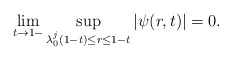
\begin{align*}\lim_{t\to 1-}\sup_{\lambda_0^j(1-t)\leq r\leq 1-t}|\psi(r,t)|=0.\end{align*}